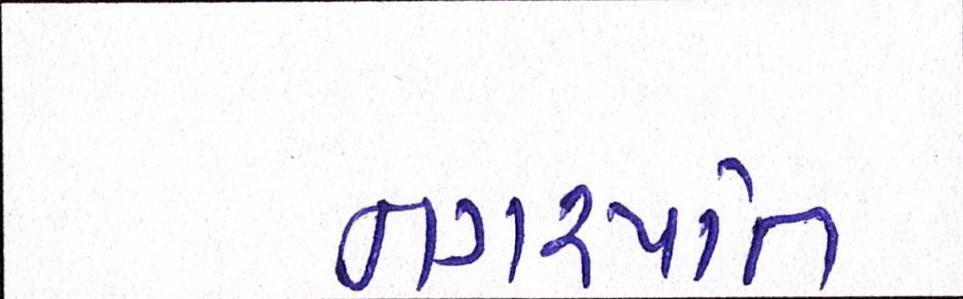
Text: નગરપતિ